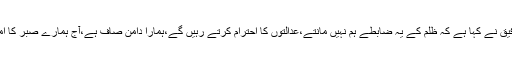
اس موقع پر کارکنوں سے خطاب کرتے ہوئے سابق وزیر ریلوے سعد رفیق نے کہا ہے کہ ظلم کے یہ ضابطے ہم نہیں مانتے،عدالتوں کا احترام کرتے رہیں گے،ہمارا دامن صاف ہے،آج ہمارے صبر کا امتحان ہے،ہاﺅسنگ سکیم کا مالک ثابت کرنے کی کوشش کی جارہی ہے۔